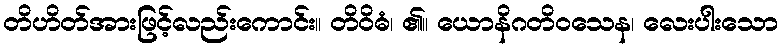
တိဟိတ်အားဖြင့်လည်းကောင်း။ တိဝိဓံ၊ ၏။ ယောနိဂတိဝသေန၊ လေးပါးသော